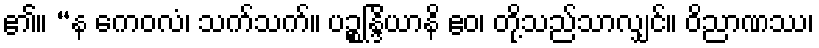
၏။ “န ကေဝလံ၊ သက်သက်။ ပဉ္စန္ဒြိယာနိ ဧဝ၊ တို့သည်သာလျှင်။ ဝိညာဏဿ၊